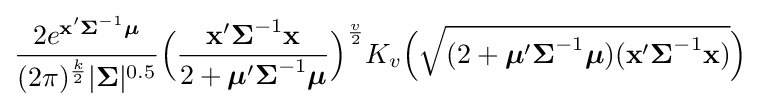
{\frac {2e^{\mathbf {x} '{\boldsymbol {\Sigma }}^{-1}{\boldsymbol {\mu }}}}{(2\pi )^{\frac {k}{2}}|{\boldsymbol {\Sigma }}|^{0.5}}}{\Big (}{\frac {\mathbf {x} '{\boldsymbol {\Sigma }}^{-1}\mathbf {x} }{2+{\boldsymbol {\mu }}'{\boldsymbol {\Sigma }}^{-1}{\boldsymbol {\mu }}}}{\Big )}^{\frac {v}{2}}K_{v}{\Big (}{\sqrt {(2+{\boldsymbol {\mu }}'{\boldsymbol {\Sigma }}^{-1}{\boldsymbol {\mu }})(\mathbf {x} '{\boldsymbol {\Sigma }}^{-1}\mathbf {x} )}}{\Big )}